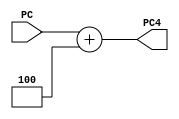
module pc_update(
	input [31:0] PC,
	output reg [31:0] PC4
    );

always@(*)
begin
	PC4 = PC + 4;
end

endmodule